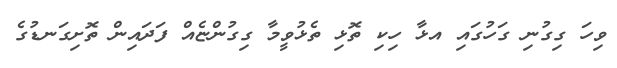
ވިހަ ގިގުނި ގަހުގައި އޅާ ހިކި ތޮޅި ތެޅުވީމާ ގިގުންޏެއް ފަދައިން ތޮށިގަނޑުގެ